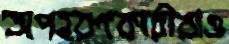
অপহরণকারীরাও